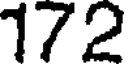
172